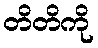
တိတိကို